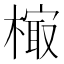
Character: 𰘢